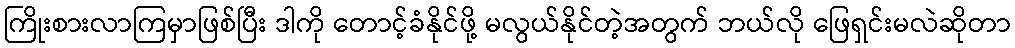
ကြိုးစားလာကြမှာဖြစ်ပြီး ဒါကို တောင့်ခံနိုင်ဖို့ မလွယ်နိုင်တဲ့အတွက် ဘယ်လို ဖြေရှင်းမလဲဆိုတာ